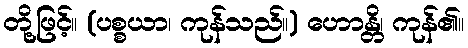
တို့ဖြင့်။ (ပစ္စယာ၊ ကုန်သည်။) ဟောန္တိ၊ ကုန်၏။